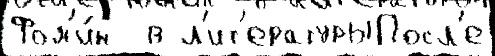
Фом'и́н  в л'ит'ературыПосл'е